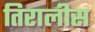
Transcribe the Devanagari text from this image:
तिरालीस